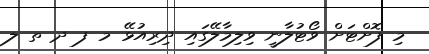
މި ފޮށްޓަށް ވޯޓުލާނީ ވިލިމާލޭގައި ދިރިއުޅޭ މ ފ ދ ތ ލ